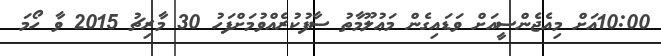
10:00އަށް މިއެޖެންސީއަށް ވަޑައިގެން މަޢުލޫމާތު ސާފުކުރެއްވުމަށްފަހު 30 މާރިޗު 2015 ވާ ހޯމަ